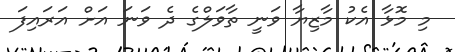
މި މޮޅާ އެކު މާޒިޔާ ވަނީ ތާވަލްގެ ދެ ވަނަ އަށް އަރައިފަ